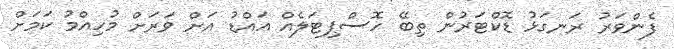
ފެންވަރު ރަނގަޅު ޑޮކްޓަރުން ތިބޭ ހޮސްޕިޓަލެއް އައްޑު އަށް ވަރަށް މުހިއްމު ކަމަށް